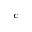
_ c